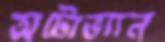
অটোভ্যান